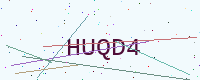
Text: HUQD4